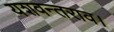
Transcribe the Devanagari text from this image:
यशवन्तराव।